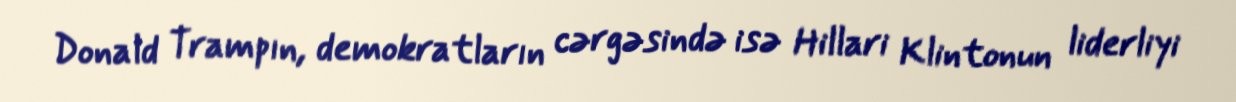
Donald Trampın, demokratların cərgəsində isə Hillari Klintonun liderliyi